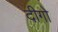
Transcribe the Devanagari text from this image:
दीगो